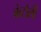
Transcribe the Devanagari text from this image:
कंटोली